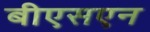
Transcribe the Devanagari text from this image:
बीएसएन